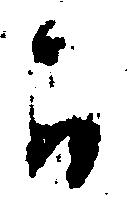
か